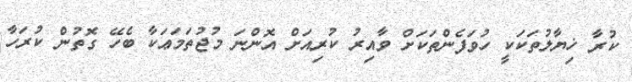
ކުރާ ޚިޔާލުތަކަކީ ހުވަފެންތަކަށް ވާއިރު ކުރިއަށް އޮންނަ މުޖުތަމަޢަކާ ބެހޭ ގޮތުން ކުރަހާ